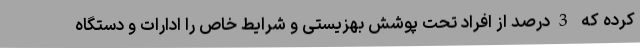
کرده که 3درصد از افراد تحت پوشش بهزیستی و شرایط خاص را ادارات و دستگاه